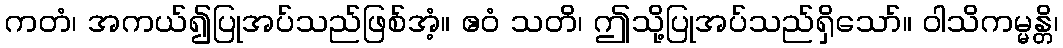
ကတံ၊ အကယ်၍ပြုအပ်သည်ဖြစ်အံ့။ ဧဝံ သတိ၊ ဤသို့ပြုအပ်သည်ရှိသော်။ ဝါသိကမ္မန္တိ၊